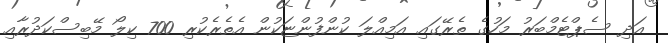
އަދި ސެޕްޓެމްބަރު މަހުގެ ތެރޭގައި އަމިއްލަ ކުންފުންޏަކުން އެތެރެކުރި 700 ކިލޯ މޭބިސްކަދުރާއި